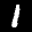
Label: 1